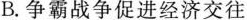
B. 争霸战争促进经济交往